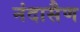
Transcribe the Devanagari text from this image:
नंदासैण